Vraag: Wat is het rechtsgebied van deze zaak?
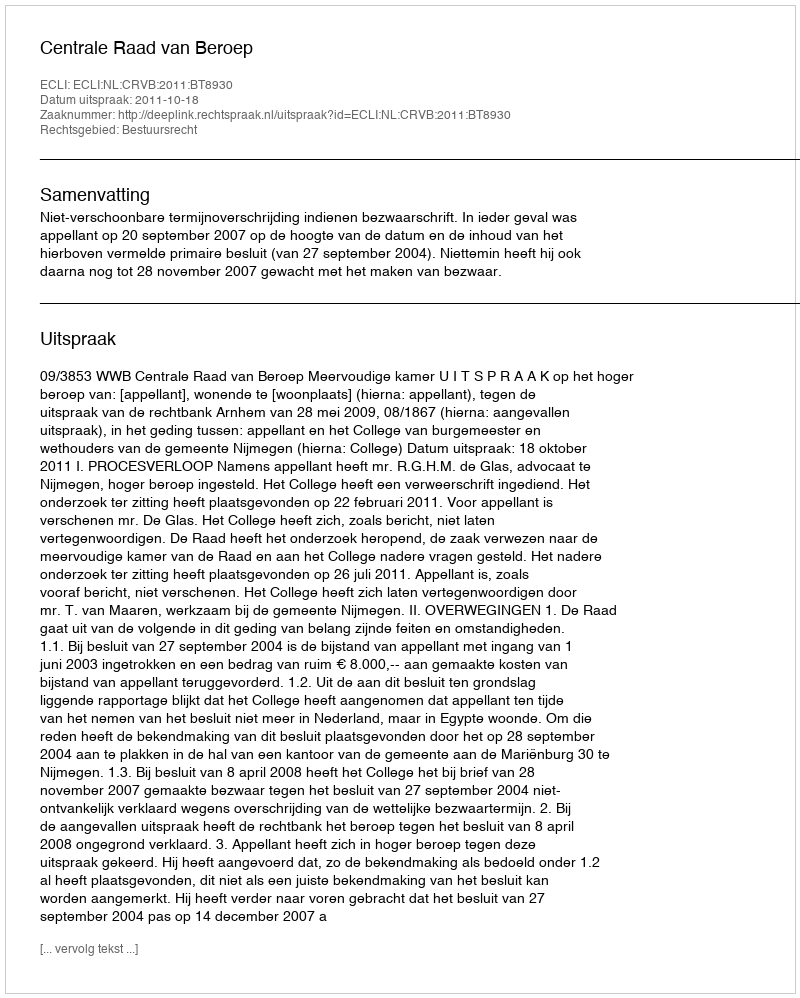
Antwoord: Bestuursrecht